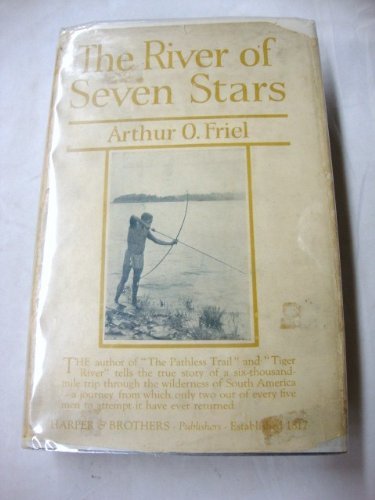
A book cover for The River of seven stars,; Arthur O Friel; Travel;